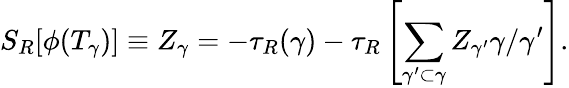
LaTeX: S_{R}[\phi(T_{\gamma})]\equiv Z_{\gamma}=-\tau_{R}(\gamma)-\tau_{R}\left[\sum_{\gamma^{\prime}\subset\gamma}Z_{\gamma^{\prime}}\gamma/\gamma^{\prime}\right].